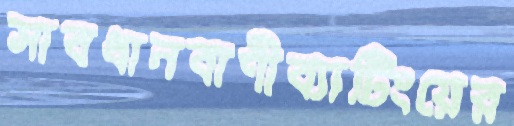
সাবধানবাণীব্যাটিংয়ের